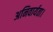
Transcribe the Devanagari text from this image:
अनिवार्यता।